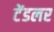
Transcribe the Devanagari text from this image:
टेंडलर